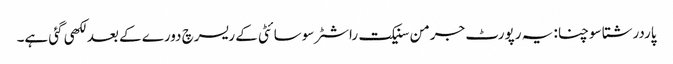
پاردرشتا سوچنا: یہ رپورٹ جرمن سنیکت راشٹر سوسائٹی کے ریسرچ دورے کے بعد لکھی گئی ہے۔